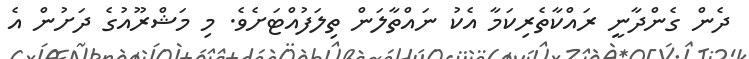
ދެން ގެންދާނީ ރައްކާތެރިކަމާ އެކު ނައްތާލަން ތިލަފުއްޓަށެވެ. މި މަޝްރޫއުގެ ދަށުން އެ